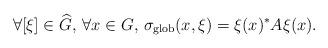
LaTeX: \begin{align*} \forall [\xi]\in \widehat{G},\,\forall x\in G,\, \sigma_{\textnormal{glob}}(x,\xi)=\xi(x)^*A\xi(x).\end{align*}